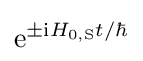
\mathrm {e} ^{\pm \mathrm {i} H_{0,{\text{S}}}t/\hbar }